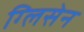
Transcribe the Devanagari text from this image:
ग्लिसेन